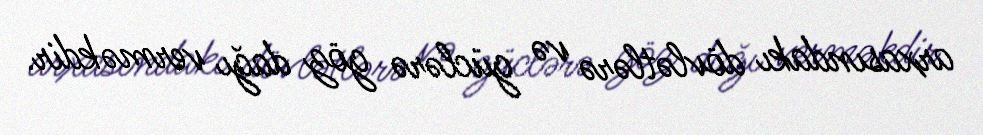
arxasındakı dövlətlərə və güclərə göz dağı verməkdir.